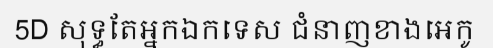
5D សុទ្ធតែអ្នកឯកទេស ជំនាញខាងអេកូ